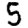
Digit: 5